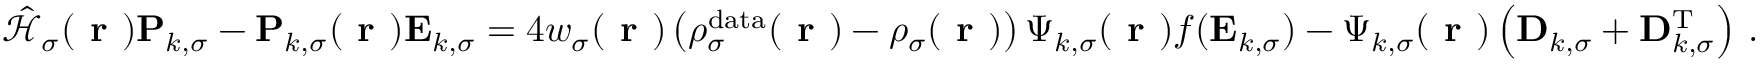
\hat { \mathcal { { H } } } _ { \sigma } ( \boldsymbol { \textbf { r } } ) \mathbf { P } _ { k , \sigma } - \mathbf { P } _ { k , \sigma } ( \boldsymbol { \textbf { r } } ) \mathbf { E } _ { k , \sigma } = 4 w _ { \sigma } ( \boldsymbol { \textbf { r } } ) \left( \rho _ { \sigma } ^ { \mathrm { d a t a } } ( \boldsymbol { \textbf { r } } ) - \rho _ { \sigma } ( \boldsymbol { \textbf { r } } ) \right) \boldsymbol { \Psi } _ { k , \sigma } ( \boldsymbol { \textbf { r } } ) f ( \mathbf { E } _ { k , \sigma } ) - \boldsymbol { \Psi } _ { k , \sigma } ( \boldsymbol { \textbf { r } } ) \left( \mathbf { D } _ { k , \sigma } + \mathbf { D } _ { k , \sigma } ^ { \mathrm { T } } \right) \, .